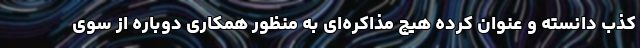
کذب دانسته و عنوان کرده هیچ مذاکره‌ای به منظور همکاری دوباره از سوی